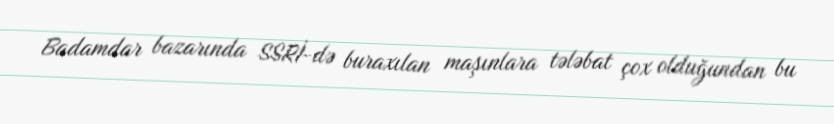
Badamdar bazarında SSRİ-də buraxılan maşınlara tələbat çox olduğundan bu